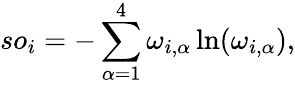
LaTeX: so_{i}=-\sum_{\alpha=1}^{4}\omega_{i,\alpha}\ln(\omega_{i,\alpha}),